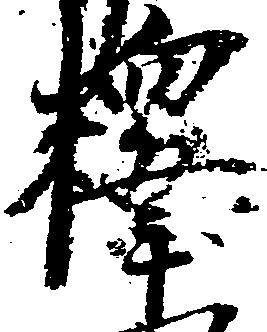
釈